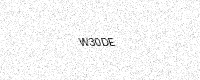
Text: W30DE